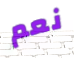
نعم